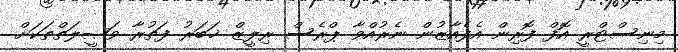
މިނިސްޓްރީ އޮފް ފޮރިން އެފެއާޒުން ނެރުއްވާ ޕްރެސް ރިލީޒް ޚަބަރު ފަތުރާ ވަޞީލަތްތަކަށް